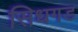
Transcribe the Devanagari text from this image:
सिधगड